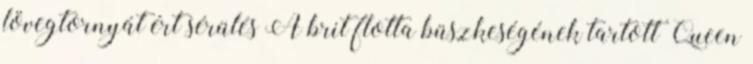
lövegtornyát ért sérülés A brit flotta büszkeségének tartott Queen